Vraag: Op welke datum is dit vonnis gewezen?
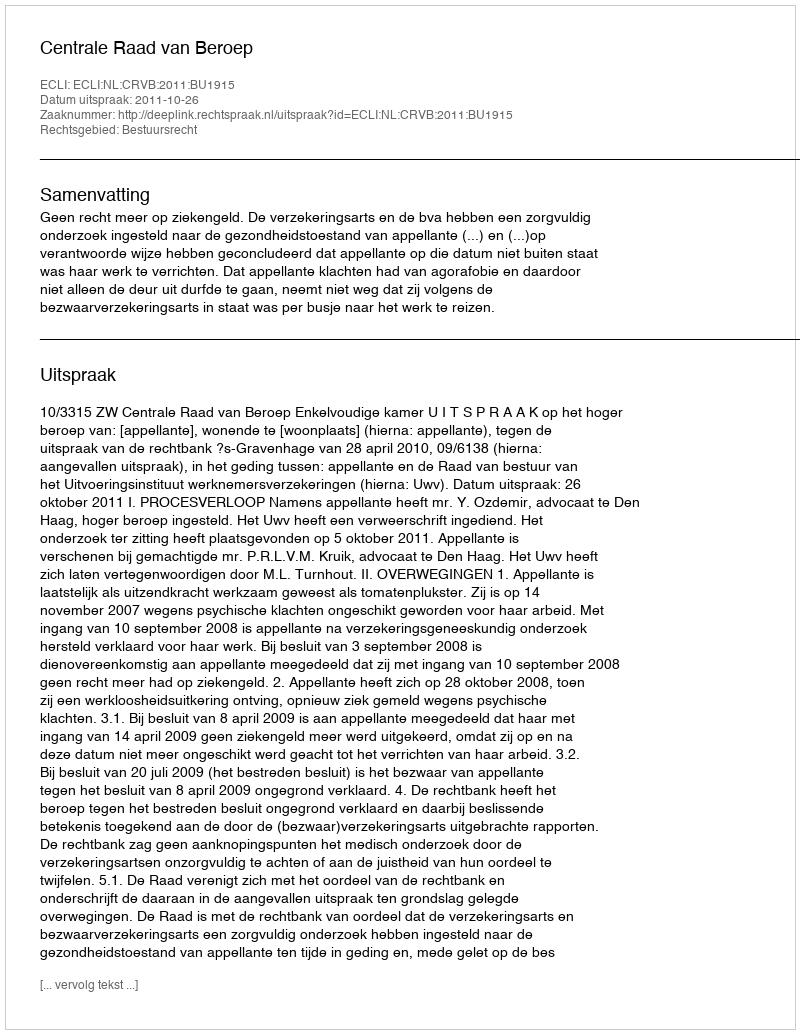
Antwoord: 2011-10-26